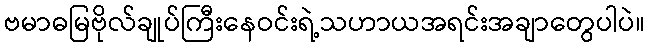
ဗမာဓမြဗိုလ်ချုပ်ကြီးနေဝင်းရဲ့သဟာယအရင်းအချာတွေပါပဲ။